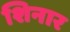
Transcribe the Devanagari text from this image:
शिनार